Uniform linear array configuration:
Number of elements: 64
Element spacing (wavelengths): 0.25
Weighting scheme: uniform
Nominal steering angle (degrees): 15
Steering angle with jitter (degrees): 16.831
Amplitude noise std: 0.05
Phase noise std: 0.05

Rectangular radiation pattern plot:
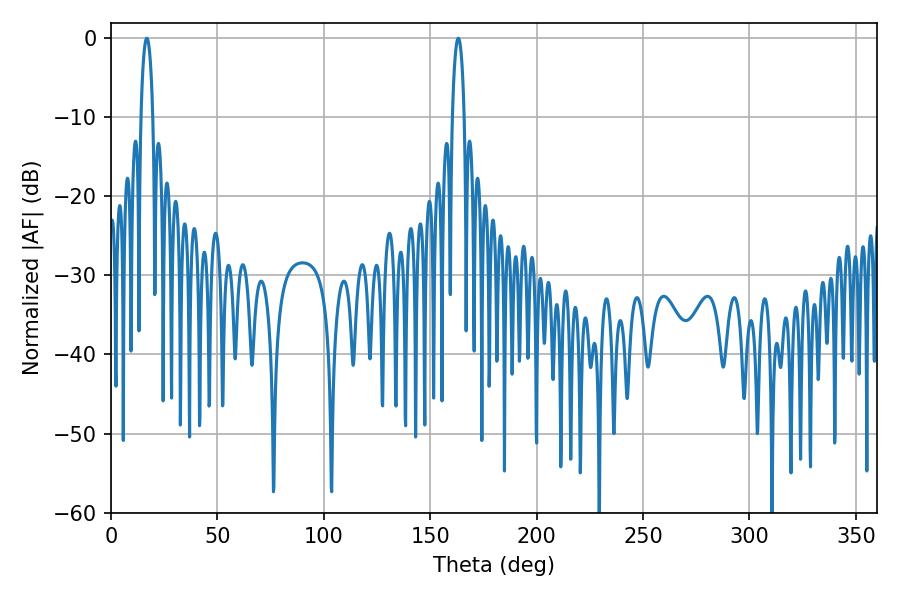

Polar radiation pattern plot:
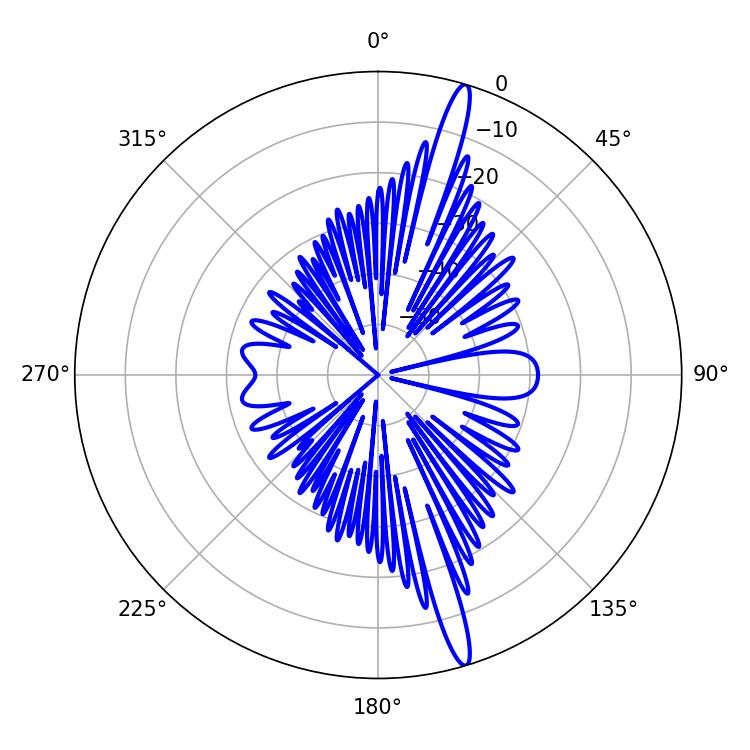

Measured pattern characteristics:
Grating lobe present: FALSE
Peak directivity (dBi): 17.216
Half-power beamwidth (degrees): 3.06
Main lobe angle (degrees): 163.26